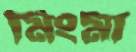
মিংমা